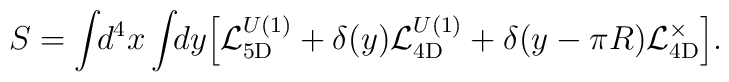
S = \int\!\!d^4x \int\!\!dy     \Bigl[ {\cal L}_{\rm 5D}^{U(1)}     + \delta(y) {\cal L}_{\rm 4D}^{U(1)}    + \delta(y-\pi R) {\cal L}_{\rm 4D}^{\times} \Bigr].